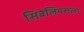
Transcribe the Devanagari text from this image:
सिबेलियसला